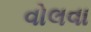
વોલવા